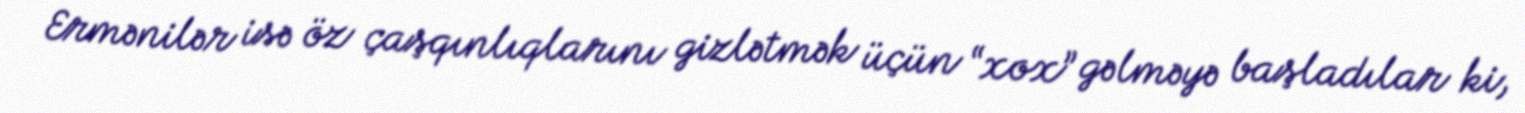
Ermənilər isə öz çaşqınlıqlarını gizlətmək üçün “xox” gəlməyə başladılar ki,